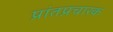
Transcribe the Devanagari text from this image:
प्रांतप्रचारक